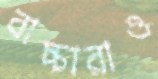
বাচ্চারাও